Report of the veterinary officer investigating camel disease
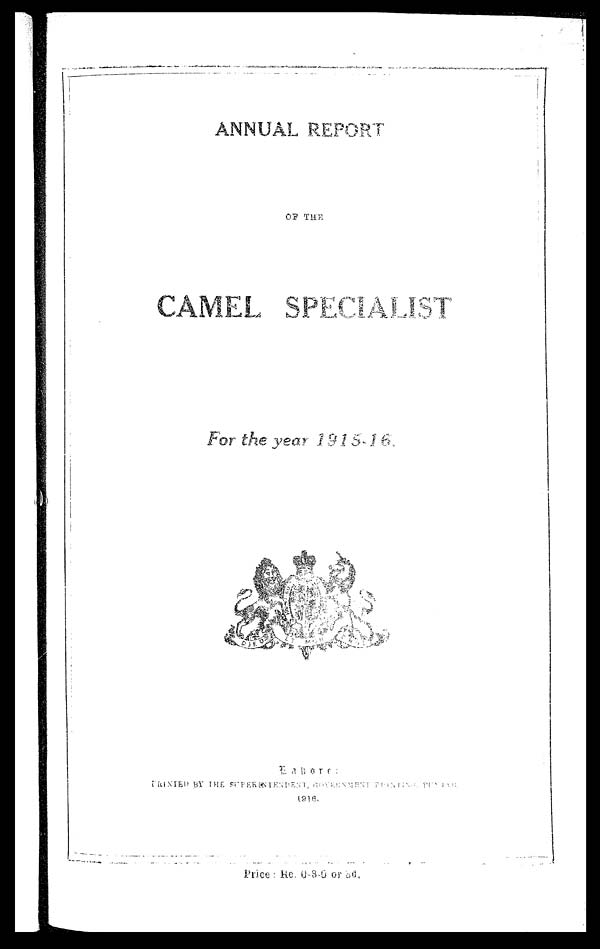
ANNUAL REPORT
OF THE
For the year 1915-16
Lahore :
PRINTED BY THE
SUPRITENDENT
GOVERNMENT
PRINTING
PUNJAB
1916.
Price : Re. 0-3-0 or bd.